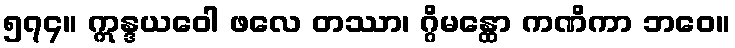
၅၇၄။ ဣန္ဒယဝေါ ဖလေ တဿာ၊ ဂ္ဂိမန္ထော ကဏိကာ ဘဝေ။